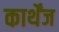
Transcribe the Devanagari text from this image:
कार्थेंज